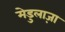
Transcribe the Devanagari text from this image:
मेडुलाज़ा